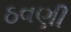
ઠવણી